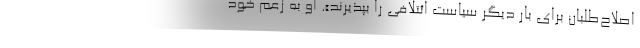
اصلاح‌طلبان برای بار دیگر سیاست ائتلافی را بپذیرند». او به زعم خود